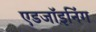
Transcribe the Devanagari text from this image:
एडजॉइनिंग